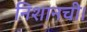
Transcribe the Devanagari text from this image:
निशानची।